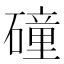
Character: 䃥